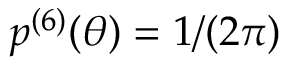
p ^ { ( 6 ) } ( \theta ) = 1 / ( 2 \pi )